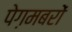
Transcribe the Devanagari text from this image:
पेग़मबरों